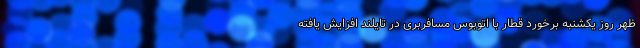
ظهر روز یکشنبه برخورد قطار با اتوبوس مسافربری در تایلند افزایش یافته